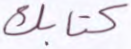
كتابك